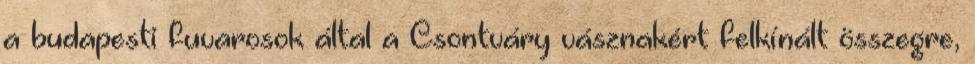
a budapesti fuvarosok által a Csontváry vásznakért felkínált összegre,